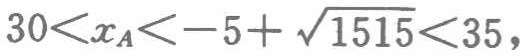
\(30<x_{A}<-5 + \sqrt{1515}<35\)